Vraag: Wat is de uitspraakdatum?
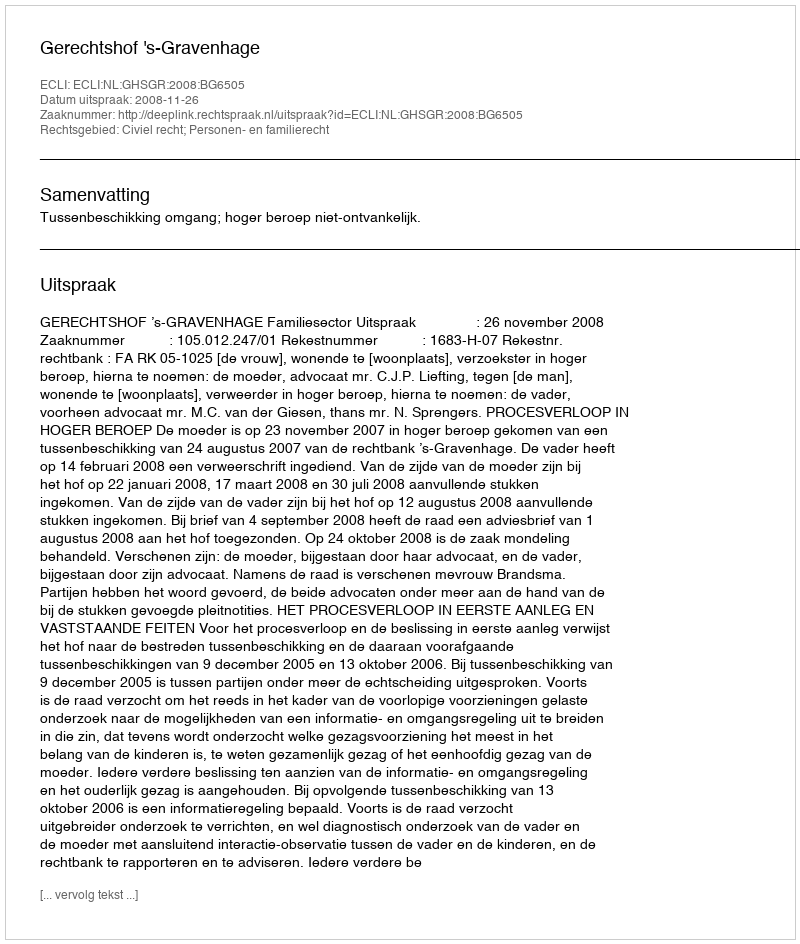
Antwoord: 2008-11-26